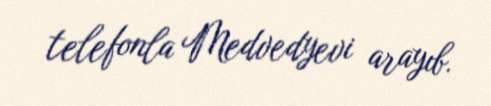
telefonla Medvedyevi arayıb.